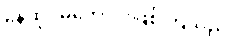
နေထိုင်မကောင်းဖြစ်ကြသည်။